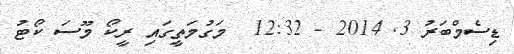
ޑިސެމްބަރު 3